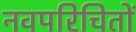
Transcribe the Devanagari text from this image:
नवपरिचितों